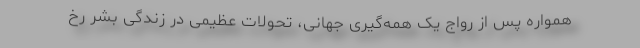
همواره پس از رواج یک همه‌گیری جهانی، تحولات عظیمی در زندگی بشر رخ